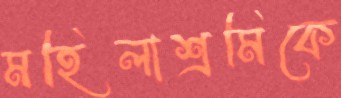
মহিলাশ্রমিকে